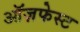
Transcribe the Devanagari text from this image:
ऑज़फेस्ट